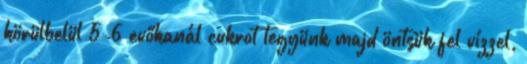
körülbelül 5-6 evőkanál cukrot tegyünk majd öntsük fel vízzel,